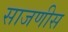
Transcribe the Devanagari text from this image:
साजणीस